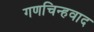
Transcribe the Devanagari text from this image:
गणचिन्हवाद